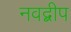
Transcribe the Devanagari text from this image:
नवद्बीप